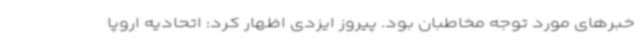
خبرهای مورد توجه مخاطبان بود. پیروز ایزدی اظهار کرد: اتحادیه اروپا